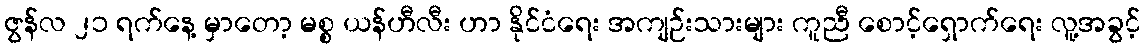
ဇွန်လ ၂၁ ရက်နေ့ မှာတော့ မစ္စ ယန်ဟီလီး ဟာ နိုင်ငံရေး အကျဉ်းသားများ ကူညီ စောင့်ရှောက်ရေး လူ့အခွင့်